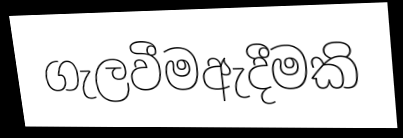
ගැලවීමඇදීමකි